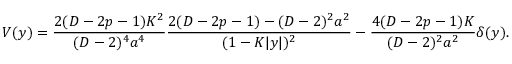
V ( y ) = { \frac { 2 ( D - 2 p - 1 ) K ^ { 2 } } { ( D - 2 ) ^ { 4 } a ^ { 4 } } } { \frac { 2 ( D - 2 p - 1 ) - ( D - 2 ) ^ { 2 } a ^ { 2 } } { ( 1 - K | y | ) ^ { 2 } } } - { \frac { 4 ( D - 2 p - 1 ) K } { ( D - 2 ) ^ { 2 } a ^ { 2 } } } \delta ( y ) .